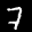
Label: 7